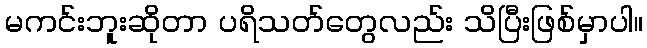
မကင်းဘူးဆိုတာ ပရိသတ်တွေလည်း သိပြီးဖြစ်မှာပါ။